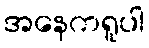
အနေကရူပါ